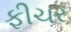
ફીચર